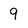
Character: 9